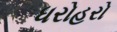
ધરોહરો